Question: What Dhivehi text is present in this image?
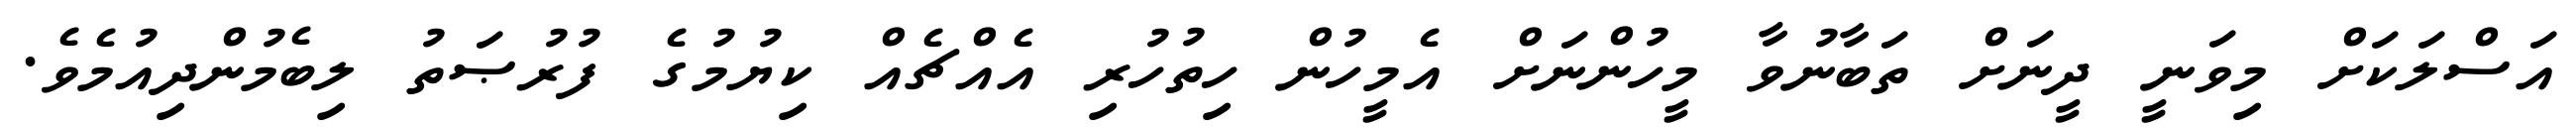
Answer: އަސްލަކަށް މިވަނީ ދީނަށް ތަބާނުވާ މީހުންނަށް އެމީހުން ހިތުހުރި އެއްޗެއް ކިޔުމުގެ ފުރުޞަތު ލިބެމުންދިއުމެވެ.